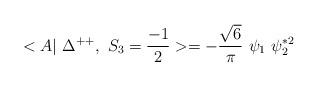
LaTeX: \begin{align*}<A|~\Delta^{++},~ S_3=\frac{-1}{2} >= -\frac{\sqrt{6}}{\pi} ~\psi_1 ~ \psi_2^{*2}\end{align*}